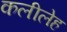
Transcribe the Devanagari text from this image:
कलीलेह